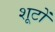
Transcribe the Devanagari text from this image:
शूटों